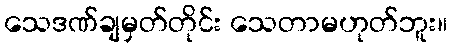
သေဒဏ်ချမှတ်တိုင်း သေတာမဟုတ်ဘူး။